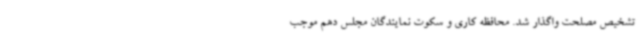
تشخیص مصلحت واگذار شد. محافظه کاری و سکوت نمایندگان مجلس دهم موجب